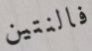
فالنتين